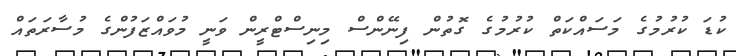
ކުޑަ ކުރުމުގެ މަސައްކަތް ކުރުމުގެ ގޮތުން ފިނޭންސް މިނިސްޓްރީން ވަނީ މުވައްޒަފުންގެ މުސާރަތައް